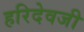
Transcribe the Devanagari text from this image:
हरिदेवजी